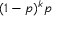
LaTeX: ( 1 - p ) ^ { k } p